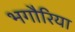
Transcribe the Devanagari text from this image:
भगौरिया